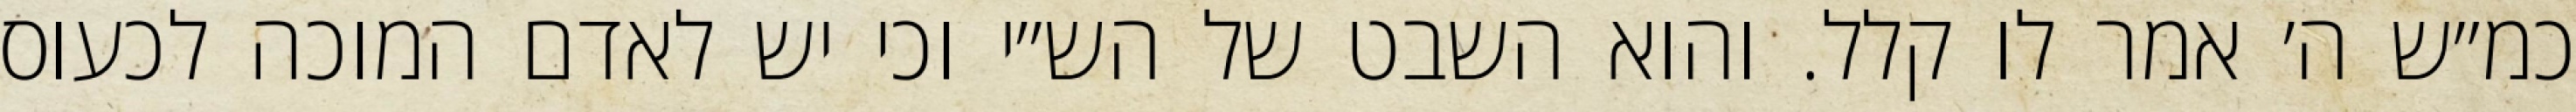
כמ״ש ה׳ אמר לו קלל. והוא השבט של הש״י וכי יש לאדם המוכה לכעוס